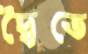
দ্বৈতে